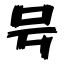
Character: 号